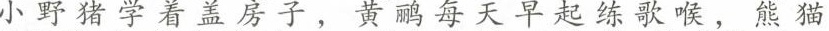
小野猪学看盖房子，黄鹂每天早起练歌喉，熊猫